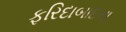
ફરિદાબાદના